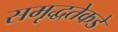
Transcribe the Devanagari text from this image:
समृद्धतेकडे